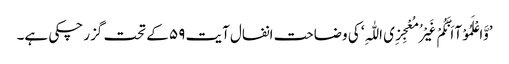
’وَّاعْلَمُوْآ اَنَّکُمْ غَیْرُ مُعْجِزِی اللّٰہِ‘ کی وضاحت انفال آیت ۵۹ کے تحت گزر چکی ہے۔